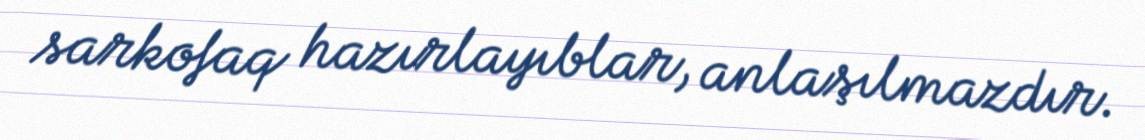
sarkofaq hazırlayıblar, anlaşılmazdır.